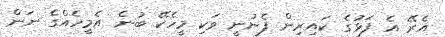
އެރޭ އެ ފަޅުގެ ކައިރިން ފެނުނީ ވަކި މީހެކޭ ބުނެ އެމީހެއްގެ ނަން